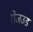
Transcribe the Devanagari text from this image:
रोजउड